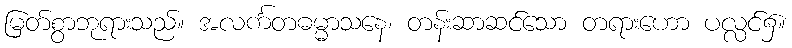
မြတ်စွာဘုရားသည်။ အလင်္ကတဓမ္မာသနေ၊ တန်းဆာဆင်သော တရားဟော ပလ္လင်၌။